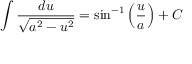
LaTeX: \int { \frac { d u } { \sqrt { a ^ { 2 } - u ^ { 2 } } } } = \sin ^ { - 1 } \left( { \frac { u } { a } } \right) + C